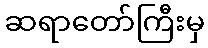
ဆရာတော်ကြီးမှ